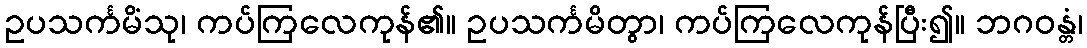
ဥပသင်္ကမိံသု၊ ကပ်ကြလေကုန်၏။ ဥပသင်္ကမိတွာ၊ ကပ်ကြလေကုန်ပြီး၍။ ဘဂဝန္တံ၊